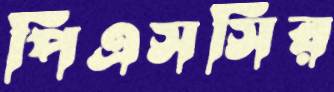
পিএসসির